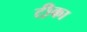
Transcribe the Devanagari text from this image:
टी़का